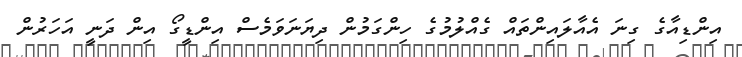
އިންޑިއާގެ ގިނަ އެއާލައިންތައް ގެއްލުމުގެ ހިންގަމުން ދިޔަނަވަމެސް އިންޑީގޯ އިން ދަނީ އަހަރުން